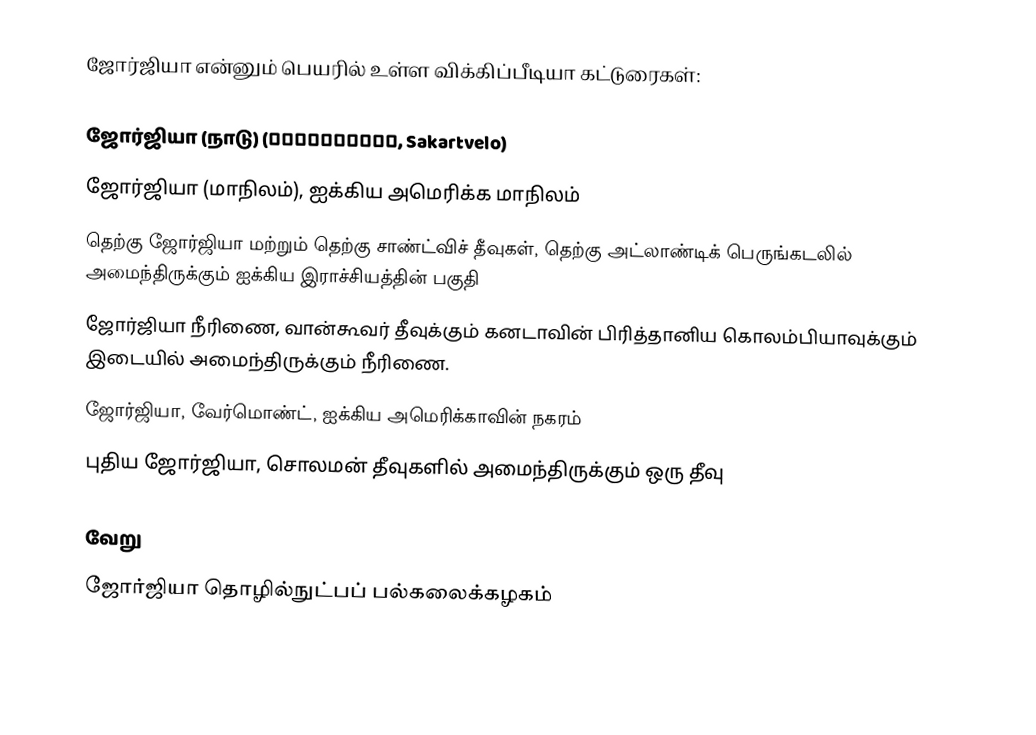
ஜோர்ஜியா என்னும் பெயரில் உள்ள விக்கிப்பீடியா கட்டுரைகள்:

 ஜோர்ஜியா (நாடு) (საქართველო, Sakartvelo)
 ஜோர்ஜியா (மாநிலம்), ஐக்கிய அமெரிக்க மாநிலம்
 தெற்கு ஜோர்ஜியா மற்றும் தெற்கு சாண்ட்விச் தீவுகள், தெற்கு அட்லாண்டிக் பெருங்கடலில் அமைந்திருக்கும் ஐக்கிய இராச்சியத்தின் பகுதி
 ஜோர்ஜியா நீரிணை, வான்கூவர் தீவுக்கும் கனடாவின் பிரித்தானிய கொலம்பியாவுக்கும் இடையில் அமைந்திருக்கும் நீரிணை.
 ஜோர்ஜியா, வேர்மொண்ட், ஐக்கிய அமெரிக்காவின் நகரம்
 புதிய ஜோர்ஜியா, சொலமன் தீவுகளில் அமைந்திருக்கும் ஒரு தீவு

வேறு
 ஜோர்ஜியா தொழில்நுட்பப் பல்கலைக்கழகம்